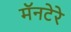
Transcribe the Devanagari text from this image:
मॅनटेरे